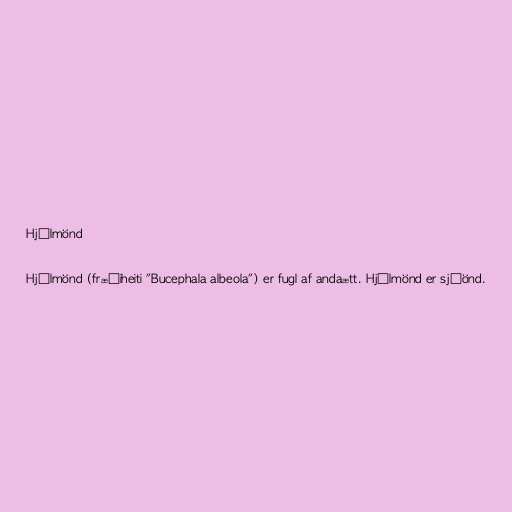
Hjálmönd

Hjálmönd (fræðiheiti "Bucephala albeola") er fugl af andaætt. Hjálmönd er sjóönd.